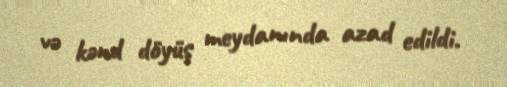
və kənd döyüş meydanında azad edildi.